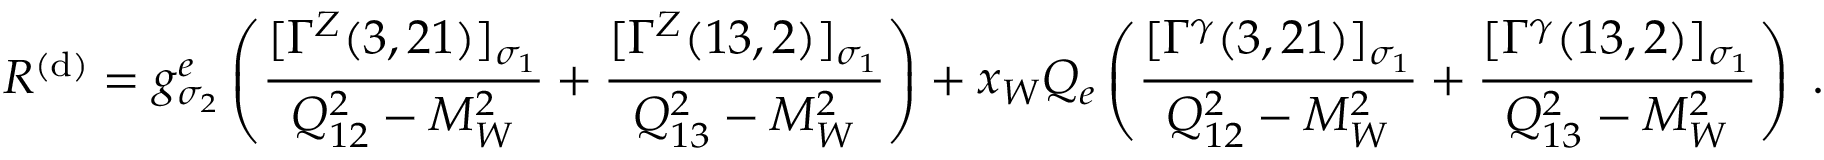
{ \cal R } ^ { ( \mathrm { d } ) } = g _ { \sigma _ { 2 } } ^ { e } \left( \frac { [ \Gamma ^ { Z } ( 3 , 2 1 ) ] _ { \sigma _ { 1 } } } { Q _ { 1 2 } ^ { 2 } - M _ { W } ^ { 2 } } + \frac { [ \Gamma ^ { Z } ( 1 3 , 2 ) ] _ { \sigma _ { 1 } } } { Q _ { 1 3 } ^ { 2 } - M _ { W } ^ { 2 } } \right) + x _ { W } Q _ { e } \left( \frac { [ \Gamma ^ { \gamma } ( 3 , 2 1 ) ] _ { \sigma _ { 1 } } } { Q _ { 1 2 } ^ { 2 } - M _ { W } ^ { 2 } } + \frac { [ \Gamma ^ { \gamma } ( 1 3 , 2 ) ] _ { \sigma _ { 1 } } } { Q _ { 1 3 } ^ { 2 } - M _ { W } ^ { 2 } } \right) \; .